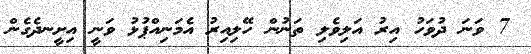
7 ވަނަ ދުވަހު އިރު އަަލިވެލި ތަނުން ހޭލިއިރު އެމަނިއްޕުޅު ވަނީ އިށީނދެގެން